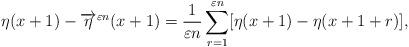
LaTeX: \begin{align*}\eta(x+1)-\overrightarrow{\eta}^{\varepsilon n}(x+1) = \displaystyle \frac{1}{\varepsilon n}\sum_{r=1}^{\varepsilon n} [\eta(x+1)-\eta(x+1+r)],\end{align*}